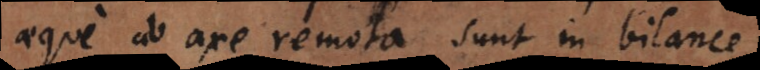
aeque ab axe remota sunt in bilance,